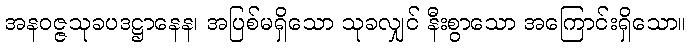
အနဝဇ္ဇသုခပဒဋ္ဌာနေန၊ အပြစ်မရှိသော သုခလျှင် နီးစွာသော အကြောင်းရှိသော။